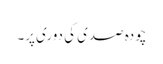
چودہ صدی کی دوری پر۔